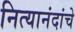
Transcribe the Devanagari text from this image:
नित्यानंदांचे